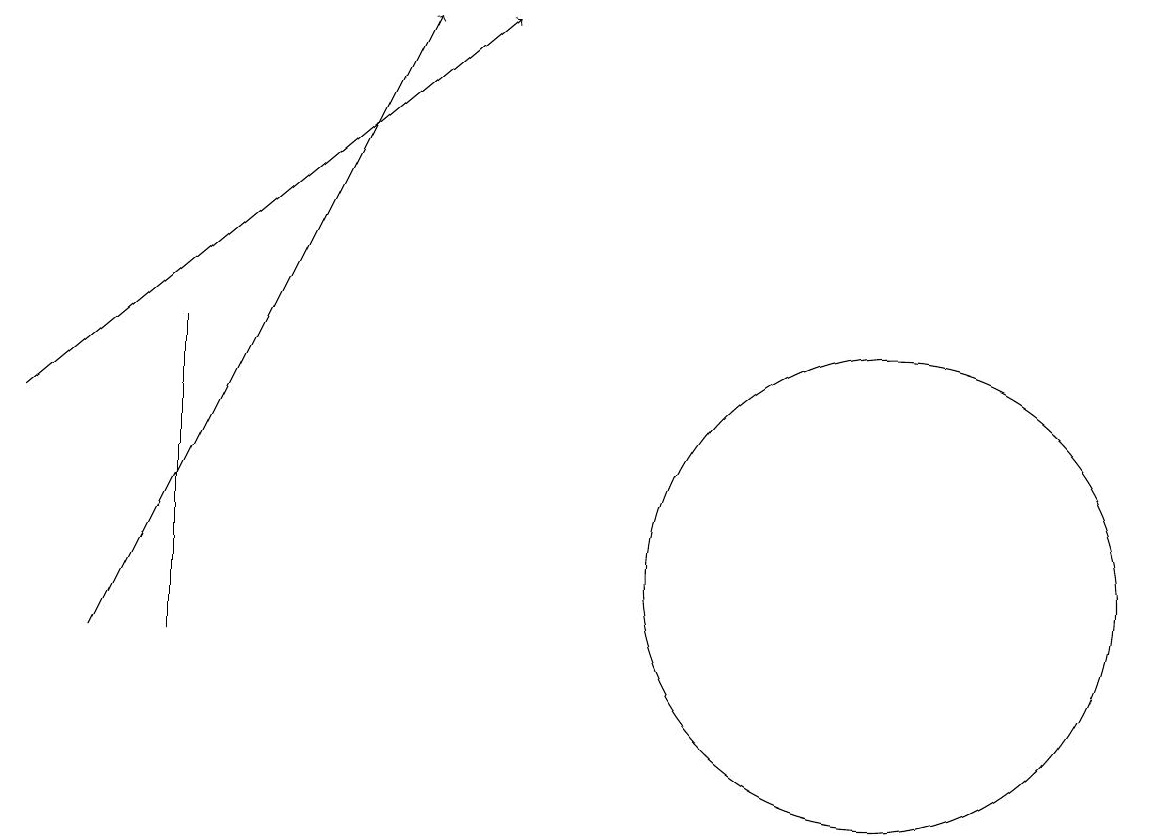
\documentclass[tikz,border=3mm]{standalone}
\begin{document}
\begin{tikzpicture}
\draw (3,10) rectangle (3,14);
\draw (12,11) circle (3);
\draw[->] (1,13) -- (7,18);
\draw[->] (2,10) -- (6,18);
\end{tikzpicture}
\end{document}